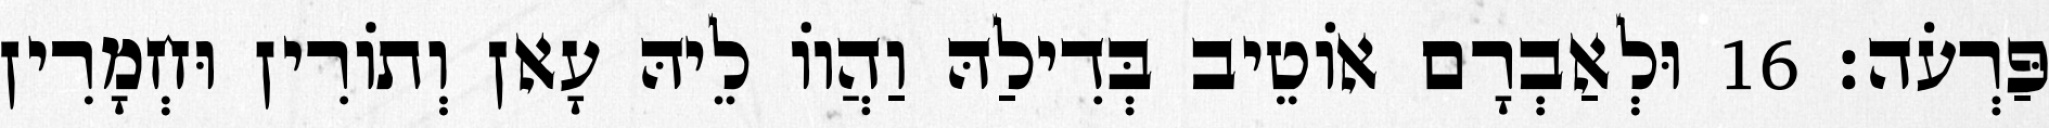
פַּרְעֹה׃ 16 וּלְאַבְרָם אוֹטֵיב בְּדִילַהּ וַהֲווֹ לֵיהּ עָאן וְתוֹרִין וּחְמָרִין